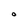
Character: 0